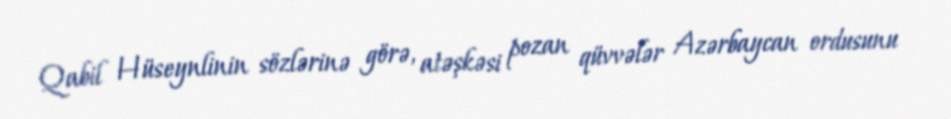
Qabil Hüseynlinin sözlərinə görə, atəşkəsi pozan qüvvələr Azərbaycan ordusunu